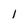
Character: 1